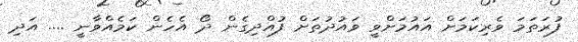
ފުރަތަމަ ވެރިކަމަށް އައުމަށްވީ ވައުދުތަށް ފުއްދިގެން ދޯ އެހެން ކަމެއްވާނީ .... އަދި